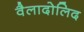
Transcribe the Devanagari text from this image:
वैलादोलिद